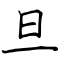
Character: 旦